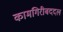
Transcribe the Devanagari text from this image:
कामगिरीबददल